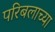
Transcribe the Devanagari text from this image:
परिबलाच्या